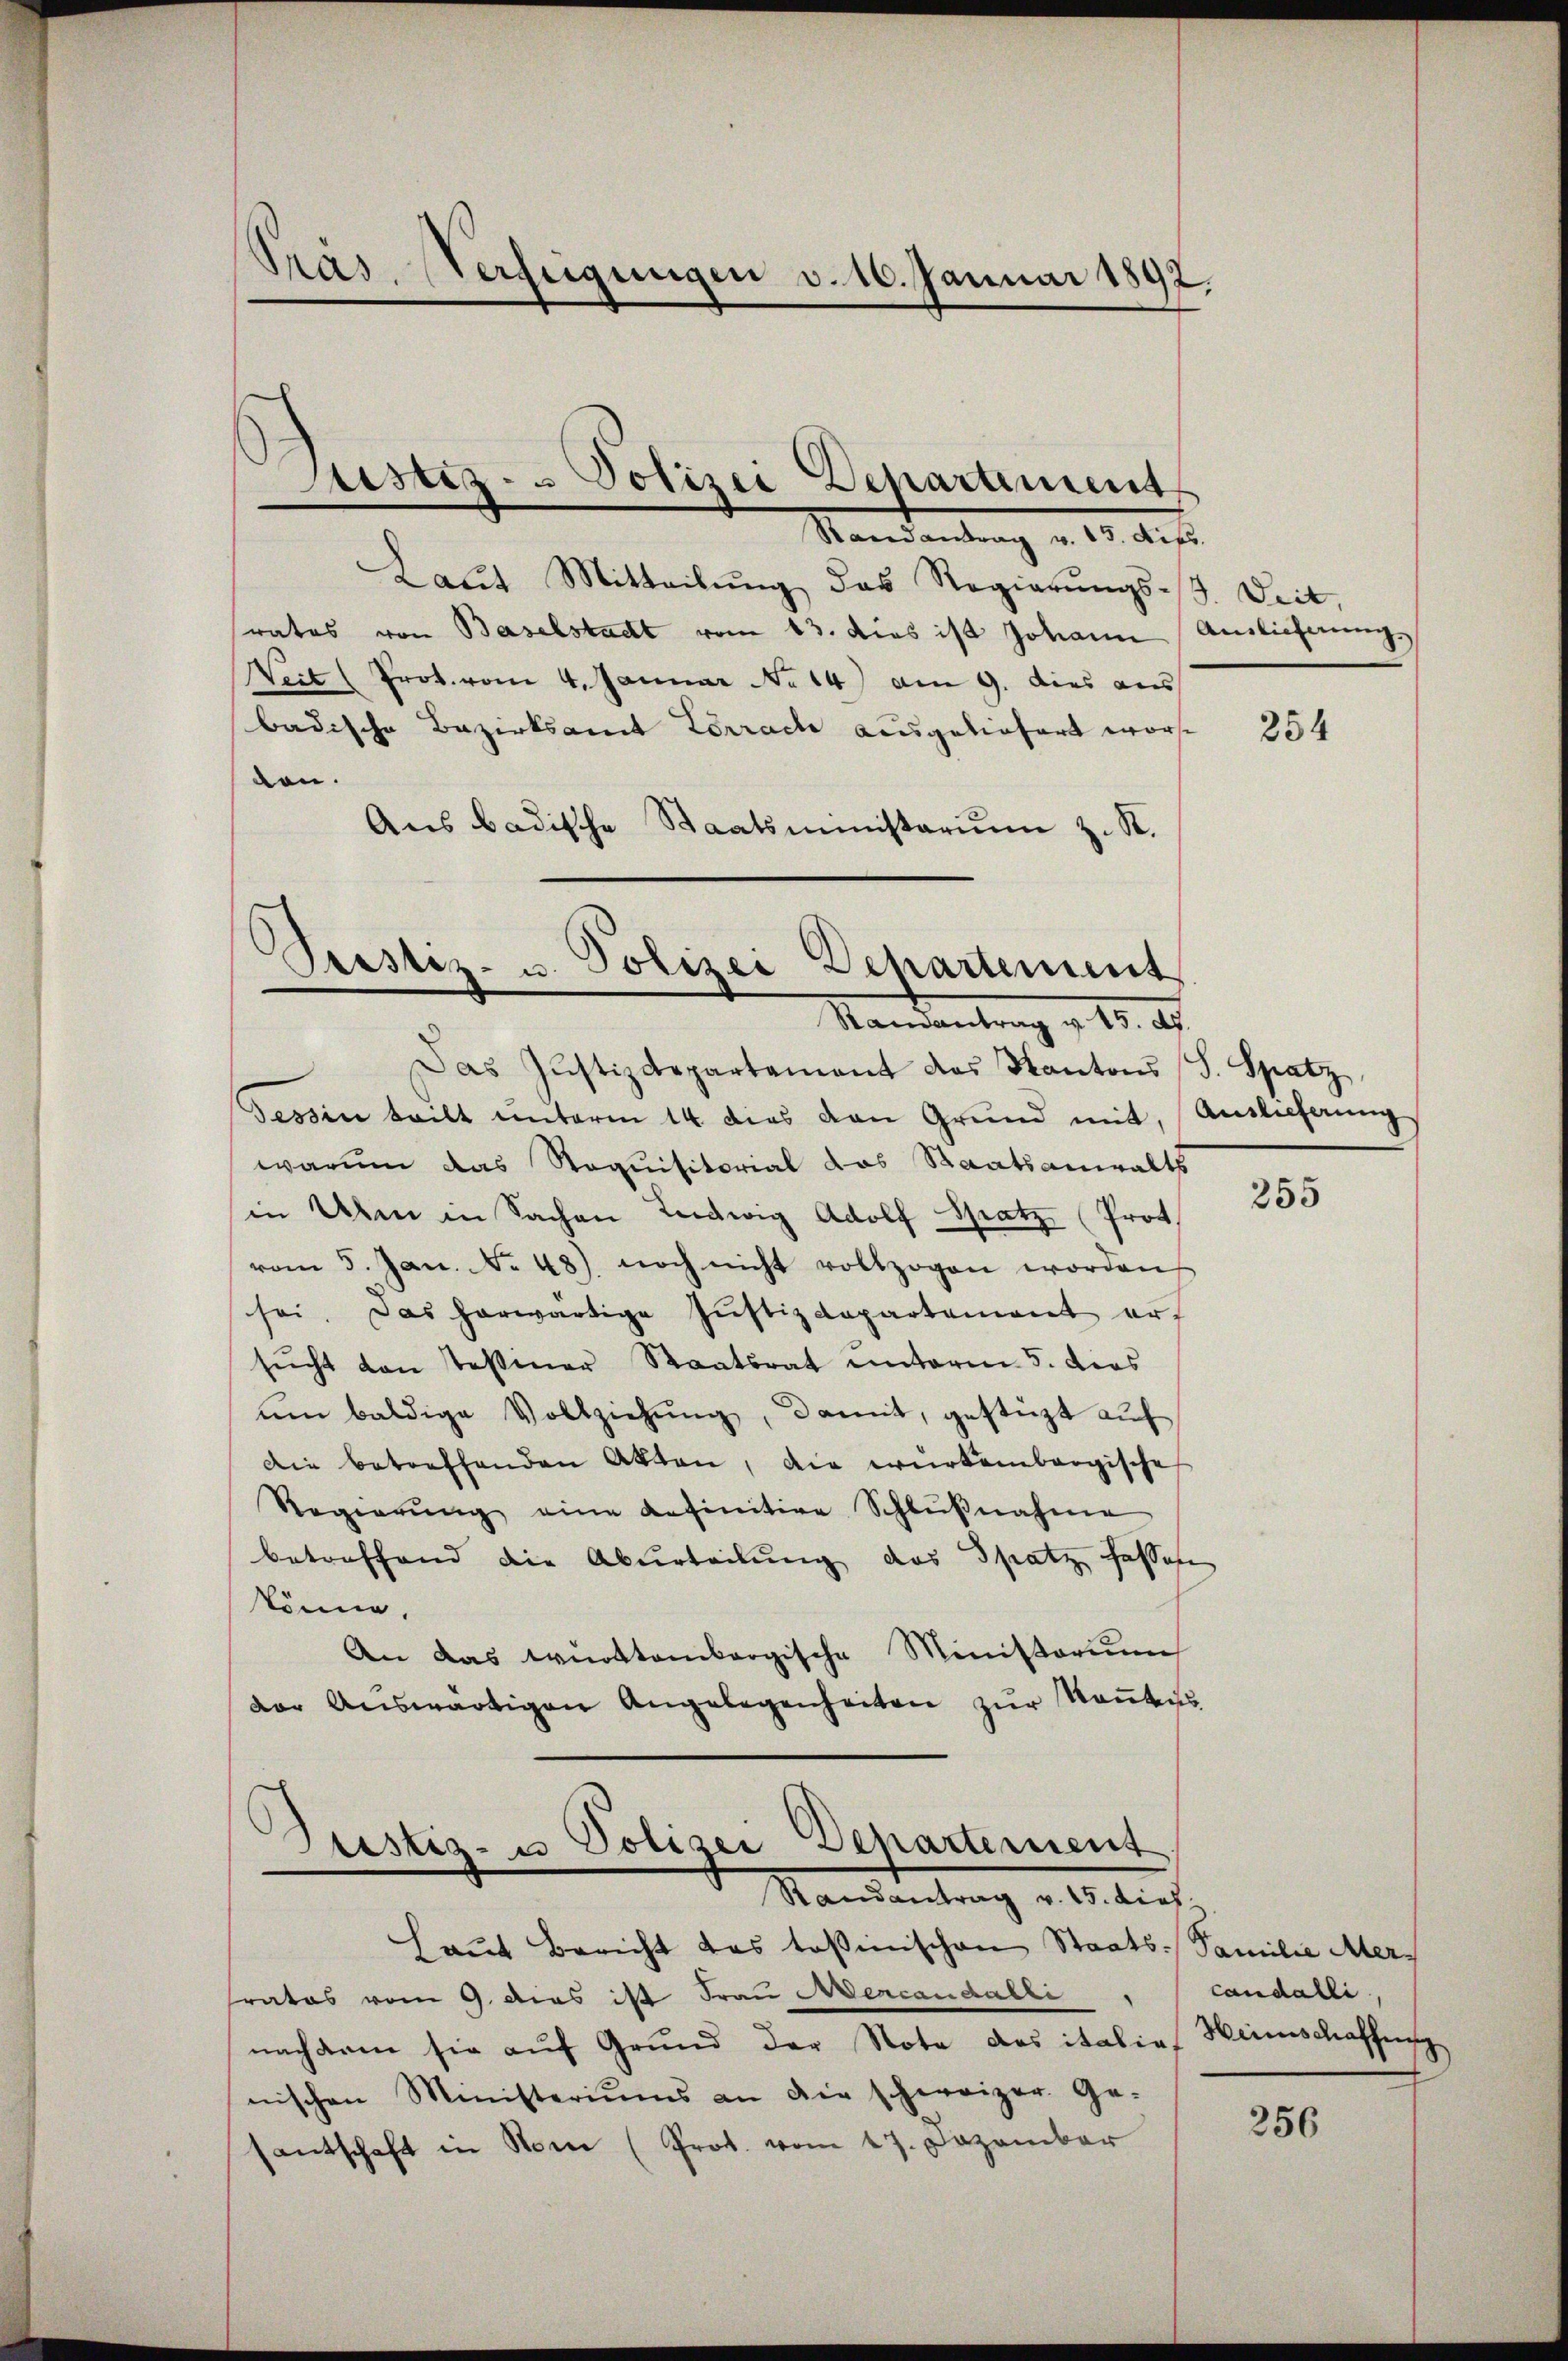
Pras. Verfügungen v. 16. Januar 1892.

Justiz- & Polizei Departement

Randantrag v. 13. Dies.
Laŭt Mitteilŭng das Regierŭngs-G. Deit,
rates von Baselstadt vom 13. dies ist Johann Anlicherung,
Weit (Prot. vom 4. Januar No 14) am 9. dies aus
badische Bezirksamt Lörrach ausgeliefert worden.
Aus badische
Staatsministerium z. R.
Das Justizdepartement des Kantons J. Spatz,
Tessin teilt unterm 14 dies von Grund mit,
warum das Requisitorial das Staatsanwalts
in Uber in Sachen Lewig Adolf Spatz (Prot
vom 5. Jan. No 48) noch nicht vollzogen worden
sei. Das herwärtige Justizdepartement ersŭcht von Tessiner Staatsrat unterm 5. dies
ŭm baldige Vollziehŭng, damit, gestüzt auf
Die betreffenden Akten, die würkenbargische
Regierŭng eine anfinitive Schlŭβnahme
betreffend die Aburteilung das Spatz fassen
könne,
An das württembergische Ministorium
der Auswärtigen Angelegenheiten zur Raubens

Pristiz- u. Polizei Departement
Randantrag v. 15. d.

sistiz- u Polizei Departement
Randantrag v. 15. dies

haut Bericht das tosinischen Staats-Familie Mersrates vom 9. dies ist Frau Mercandalli
nachdem sie auf Grund der Note des italias Heimschaffung
nischen Ministeriums an die schweizer Ge-
antschaft in Sonne (Prot. vom 27. Dezember

254

Auslicherung

255

candalli

256